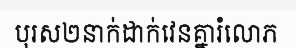
បុរស២នាក់ដាក់វេនគ្នារំលោភ